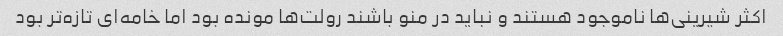
اکثر شیرینی‌ها ناموجود هستند و نباید در منو باشند رولت‌ها مونده بود اما خامه‌ای تازه‌تر بود